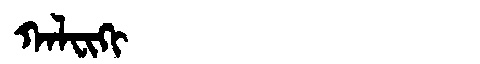
Manchu: ᡴᠠᠯᠸᡳᡴᡳ
Romanization: KALFIKI